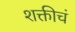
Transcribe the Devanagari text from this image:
शक्तीचं